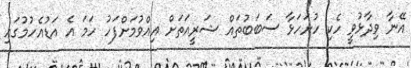
އޭނާ ވިދާޅުވީ ހެކި ހުށަހަޅާ ސަބަބުތައް ޝަރީއަތަށް އިއްވުމަށްފަހު ހަމަ އެ އަޑުއެހުމުގައި